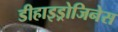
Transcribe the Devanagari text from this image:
डीहाइड्रोजिनेस